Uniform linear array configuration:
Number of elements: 12
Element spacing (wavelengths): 0.5
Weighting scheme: cosine
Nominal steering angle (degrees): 60
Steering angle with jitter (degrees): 59.418
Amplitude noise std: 0.05
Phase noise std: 0.05

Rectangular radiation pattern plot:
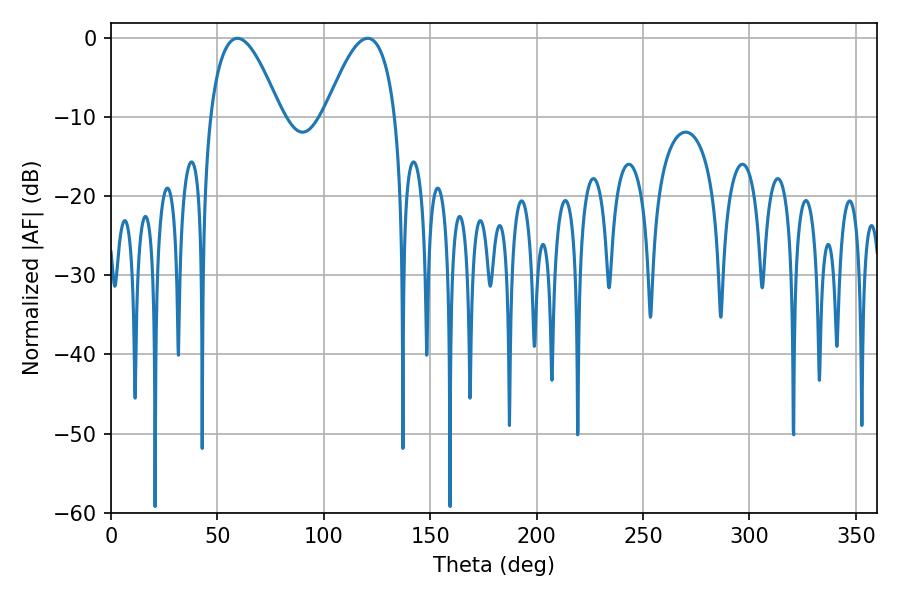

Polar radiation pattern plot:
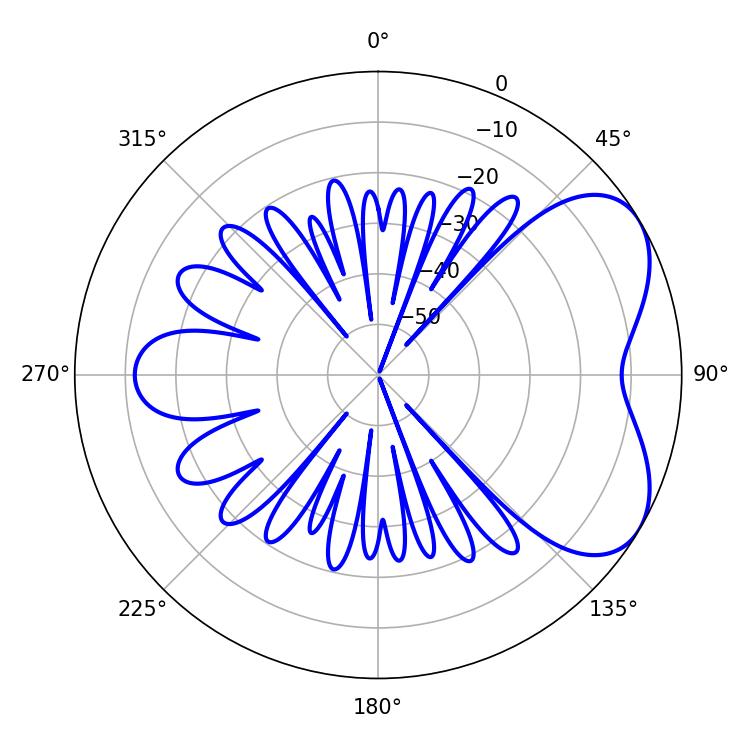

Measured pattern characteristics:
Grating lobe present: FALSE
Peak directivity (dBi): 5.341
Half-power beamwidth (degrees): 18
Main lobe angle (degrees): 59.4